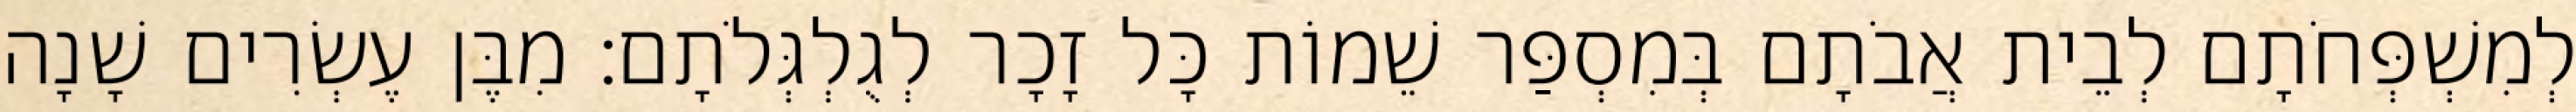
לְמִשְׁפְּחֹתָם לְבֵית אֲבֹתָם בְּמִסְפַּר שֵׁמוֹת כָּל זָכָר לְגֻלְגְּלֹתָם׃ מִבֶּן עֶשְׂרִים שָׁנָה